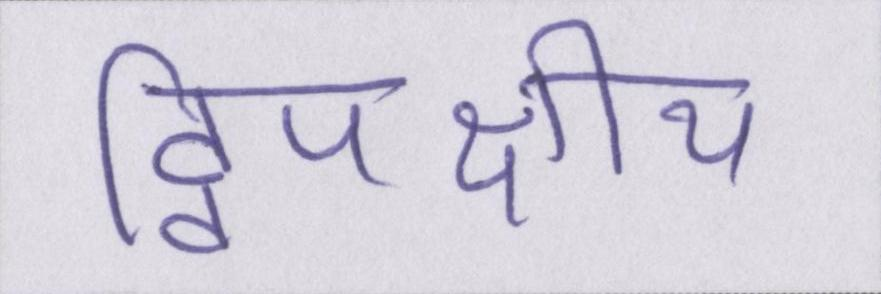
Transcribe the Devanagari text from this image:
द्विपक्षीय